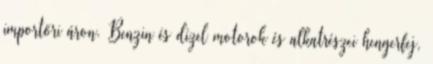
importőri áron. Benzin és dízel motorok és alkatrészei hengerfej,